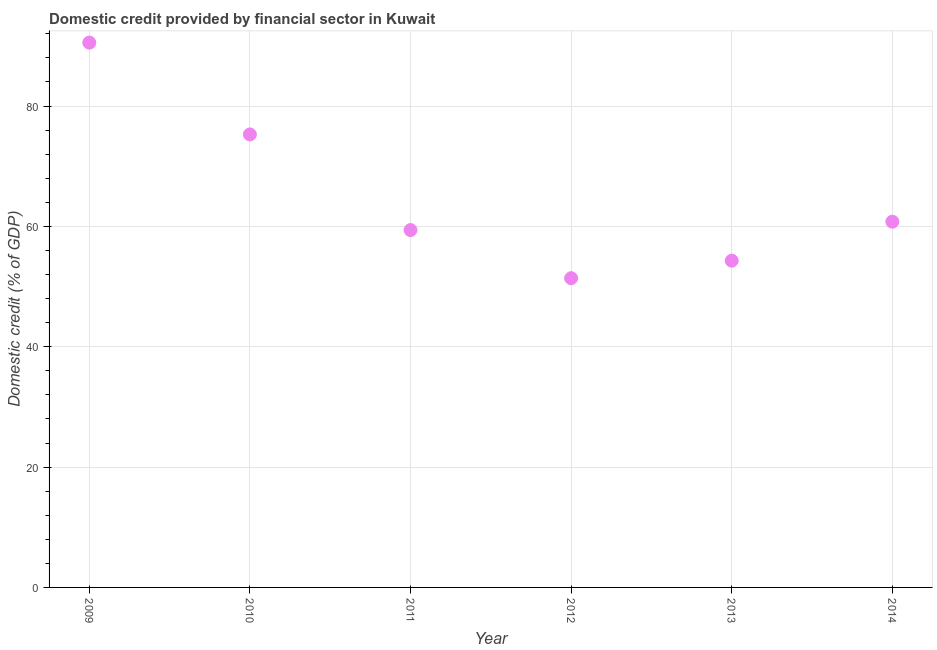
| Year | Domestic credit provided by financial sector |
 | --- | --- |
 | 2009 | 90.5 |
 | 2010 | 75.3 |
 | 2011 | 59.4 |
 | 2012 | 51.4 |
 | 2013 | 54.3 |
 | 2014 | 60.8 |